Tartu_pedagoogiumi_aruanded, lk 21
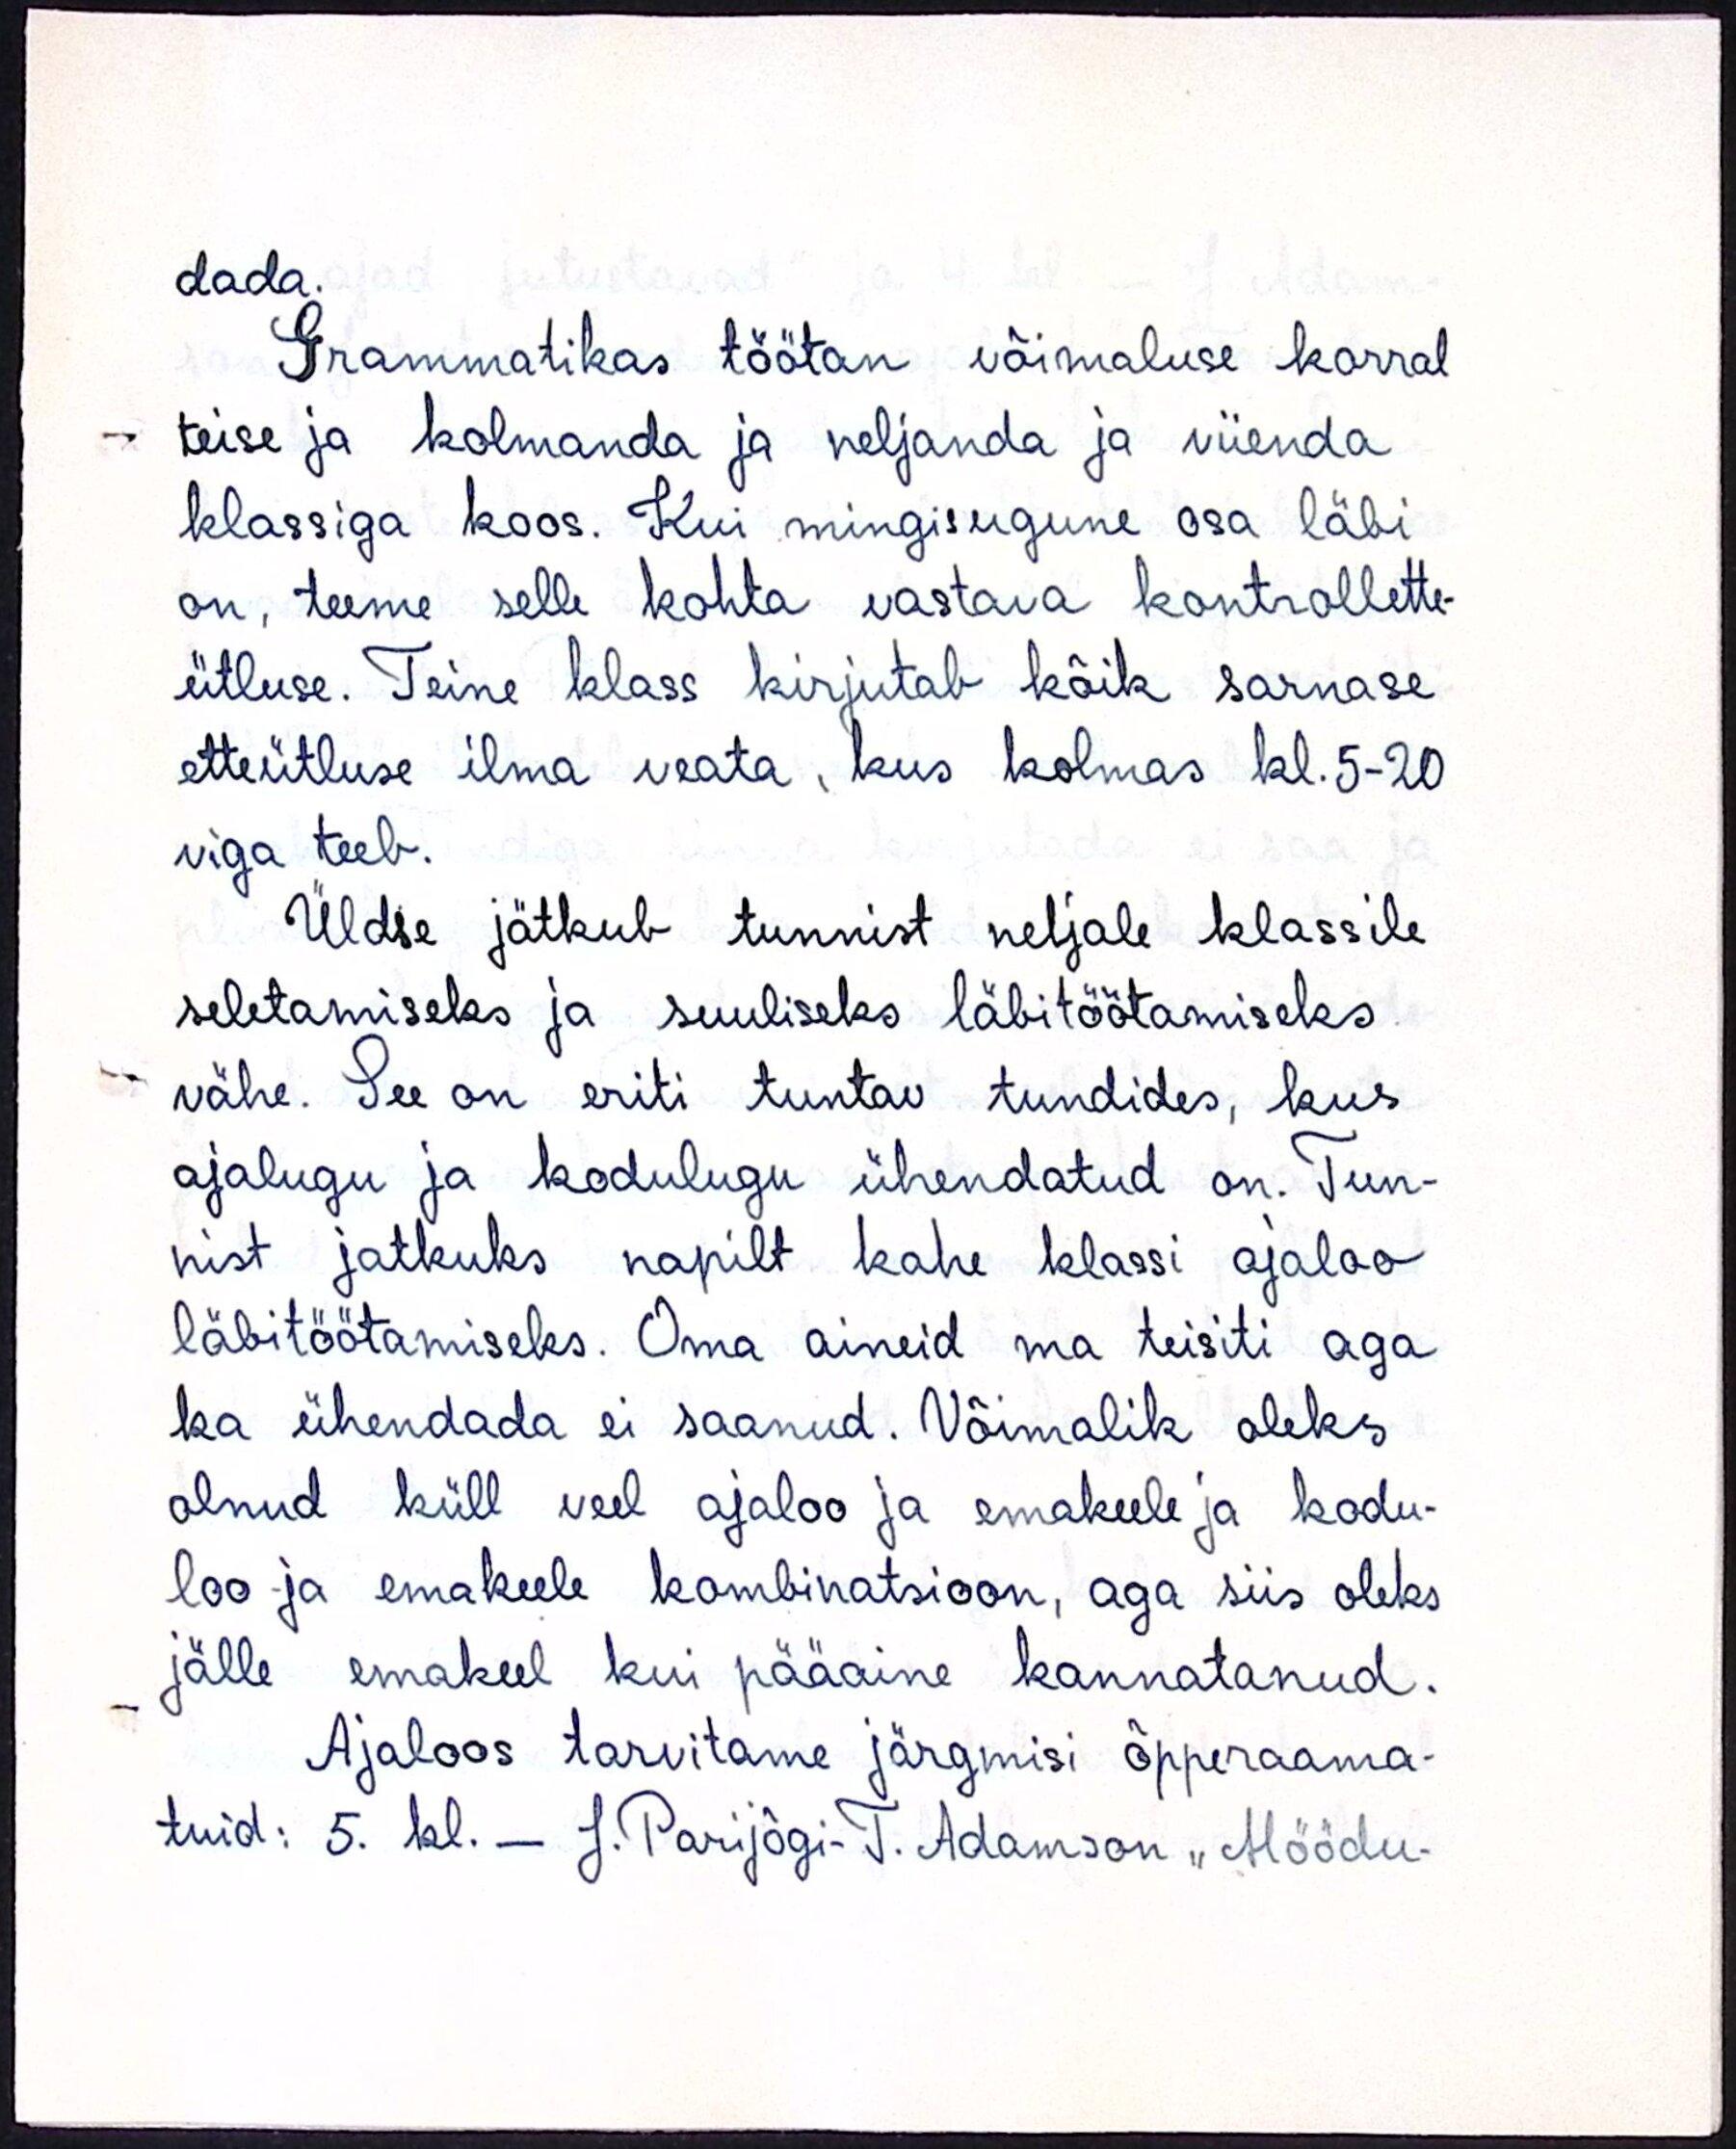
dada.
Grammatikas töötan võimaluse korral
teise ja kolmanda ja neljanda ja viienda
klassiga koos. Kui mingisugune osa läbi
on, teeme selle kohta vastava kontrollette-
ütluse. Teine klass kirjutab kõik sarnase
etteütluse ilma veata, kus kolmas kl. 5-20
viga teeb.
Üldse jätkub tunnist neljale klassile
seletamiseks ja suuliseks läbitöötamiseks.
vähe. See on eriti tuntav tundides, kus
ajalugu ja kodulugu ühendatud on. Tun-
nist jatkuks napilt kahe klassi ajaloo-
läbitöötamiseks. Oma aineid ma teisiti aga
ka ühendada ei saanud. Võimalik oleks
olnud küll veel ajaloo ja emakeele ja kodu-
loo ja emakeele kombinatsioon, aga siis oleks
jälle emakeel kui pääaine kannatanud.
Ajaloos tarvitame järgmisi õpperaama-
tuid: 5. kl. - J. Parijõgi- T. Adamson "Möödu-